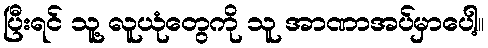
ပြီးရင် သူ့ လူယုံတွေကို သူ အာဏာအပ်မှာပေါ့။